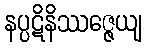
နပ္ပဋိနိဿဇ္ဇေယျ